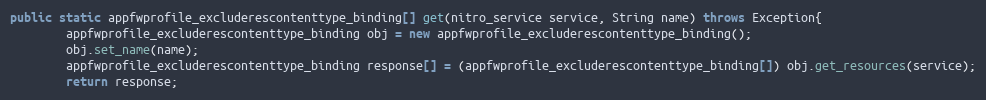
Language: Java
public static appfwprofile_excluderescontenttype_binding[] get(nitro_service service, String name) throws Exception{
		appfwprofile_excluderescontenttype_binding obj = new appfwprofile_excluderescontenttype_binding();
		obj.set_name(name);
		appfwprofile_excluderescontenttype_binding response[] = (appfwprofile_excluderescontenttype_binding[]) obj.get_resources(service);
		return response;